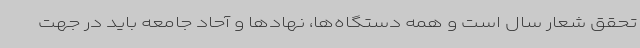
تحقق شعار سال است و همه دستگاه‌ها، نهادها و آحاد جامعه باید در جهت